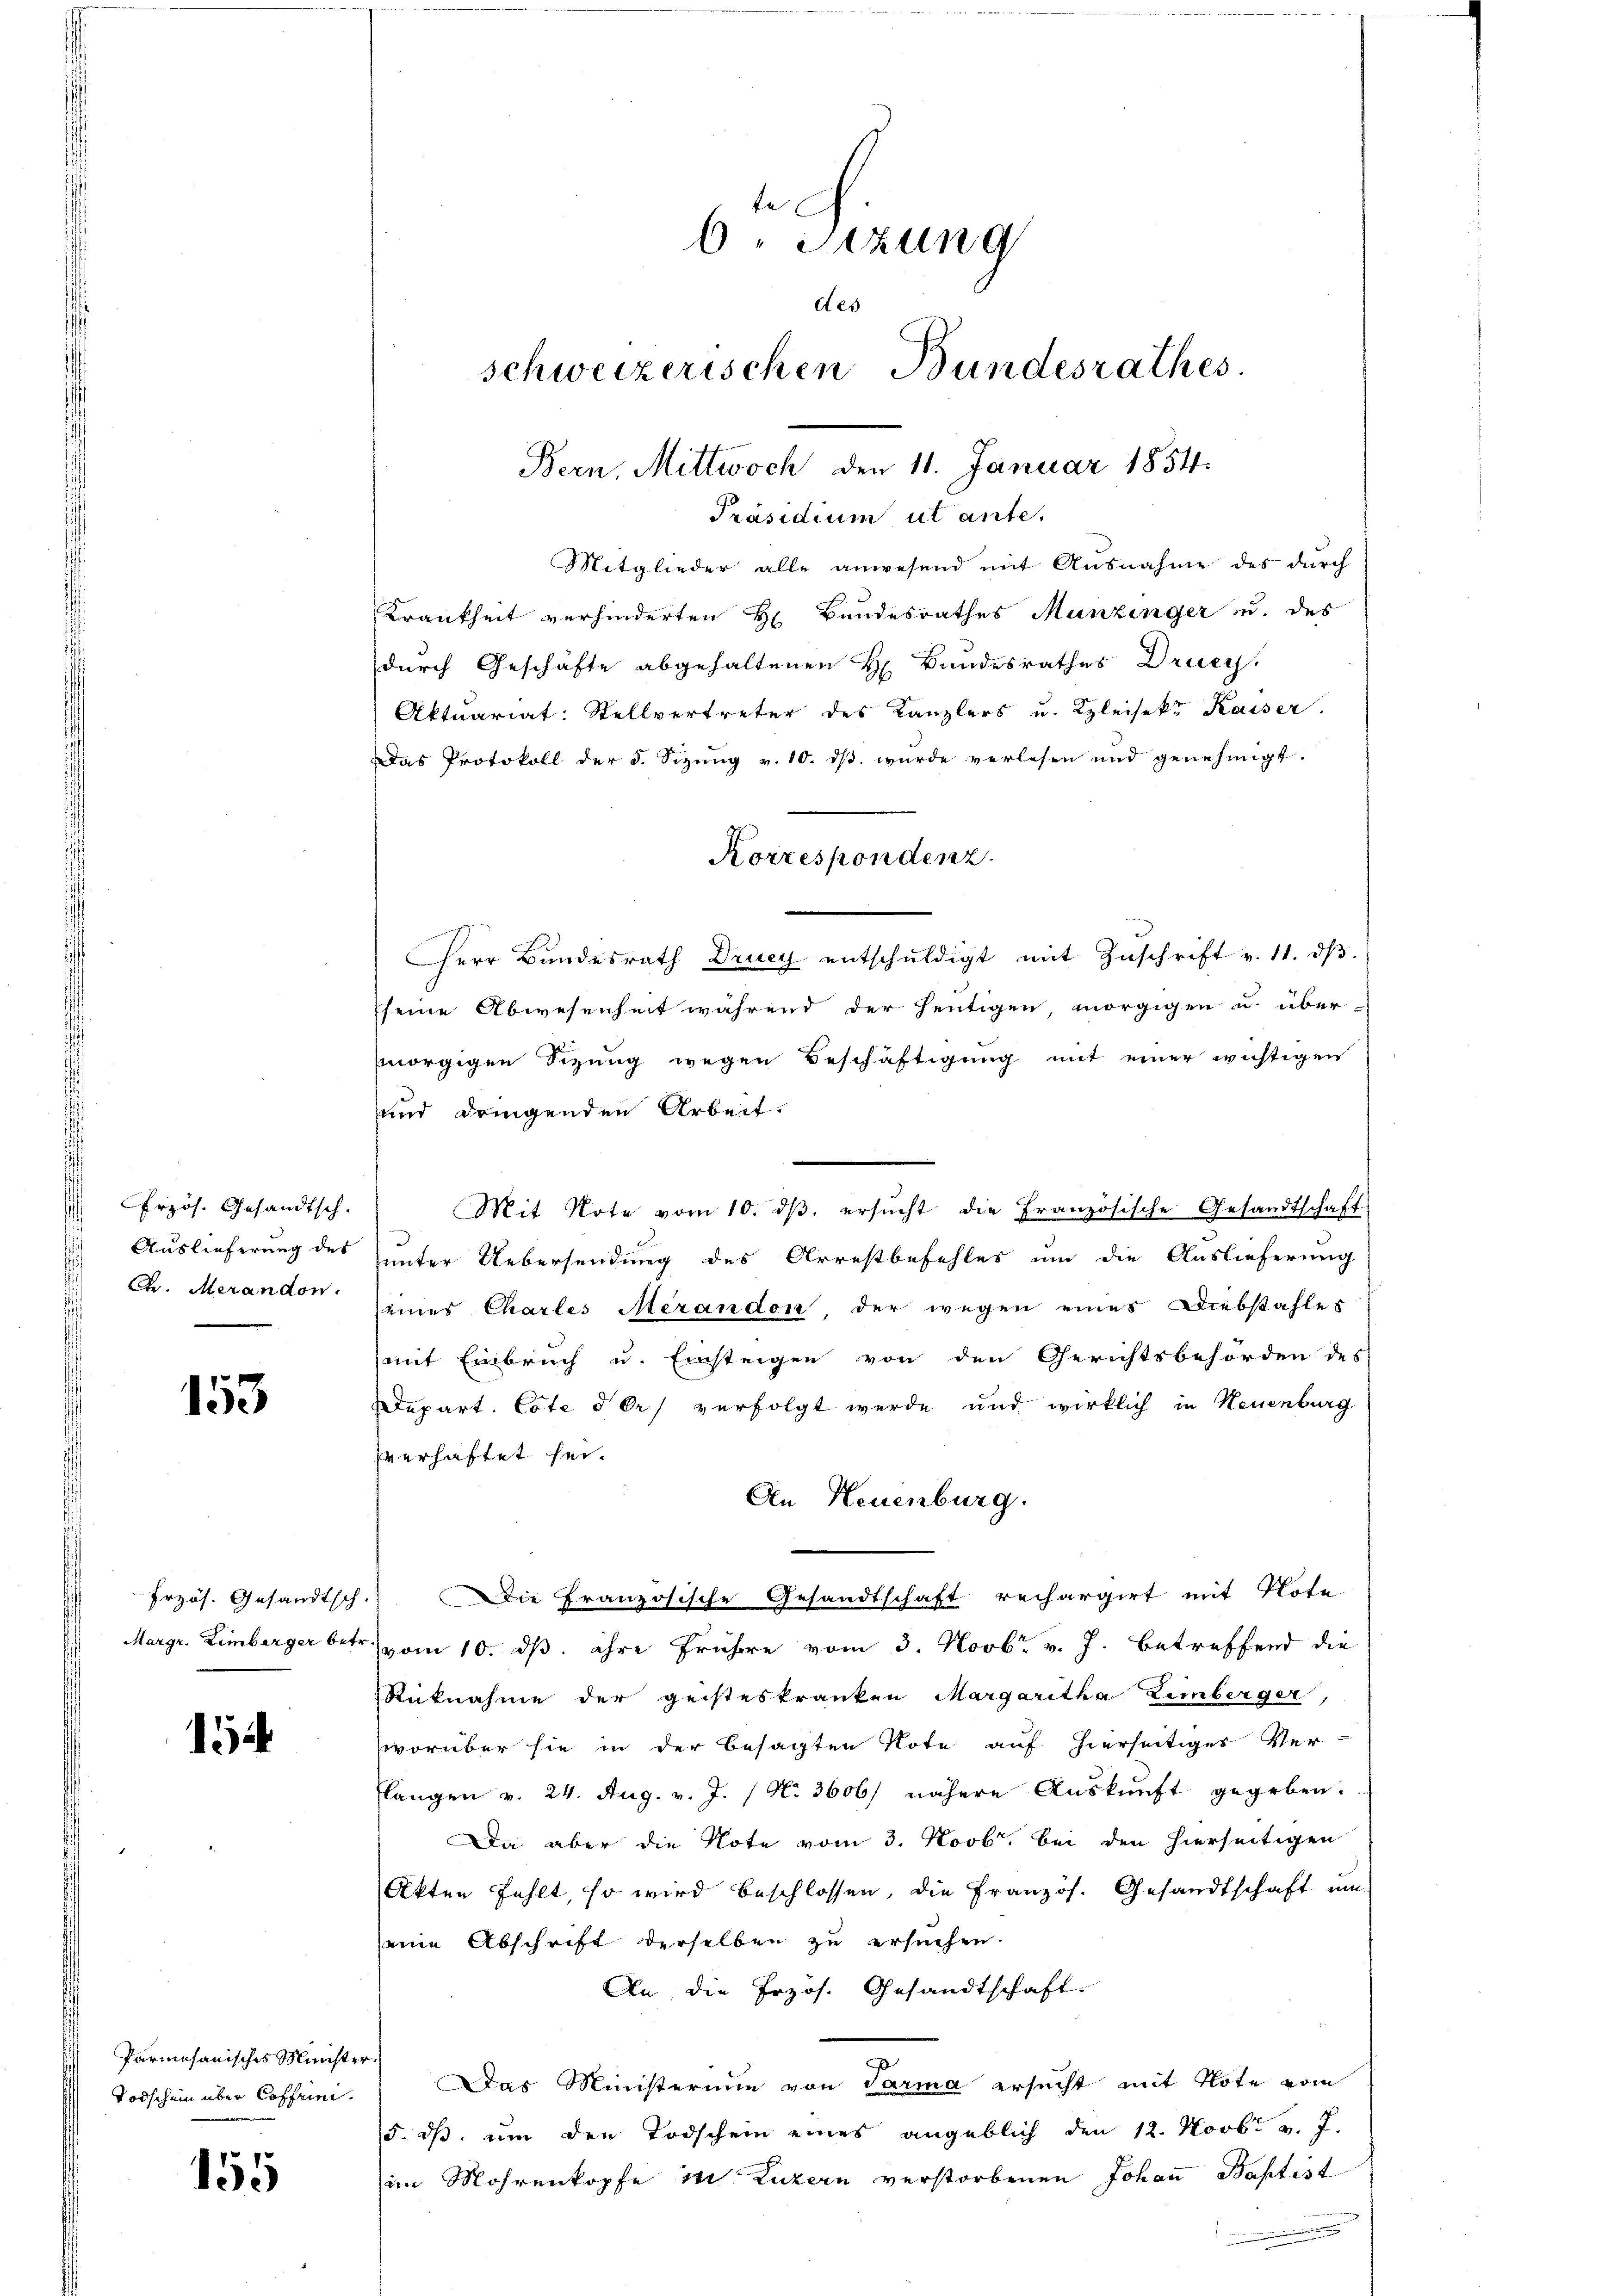
Frzös. Gesandtsch.
Auslieferung des
Dr. Merandon.

153

Erzös. Gesandtsch
Margr. Eimberger bet

1

Parmesanisches Münste
Todschein über Coffrei.

155

te
6. Sitzung
des
schweizerischen Bundesrathes.

Bern, Mittwoch den 11. Januar 1854.
Präsidium ut ante,
Mitglieder alle anwesend mit Ausnahme des durch
Krankheit verhinderten H Bundesrathes Munzinger u. des
durch Geschäfte abgehaltenen H. Bandesrathes Druey,
Aktuariat: Stellvertreter des Kanzlers u. Bleisekt Kaiser.
Das Protokoll der 5. Sizung v. 10. ds wurde verlesen und genehmigt.
Herr Bundesrath Druey entschŭldigt mit Zŭschrift v. 11. dβ.
seine Abwesenheit während der heutigen, morgigen u. über-
morgigen Sizung wegen Beschäftigung mit einer wichtigen
und dringenden Arbeit.
Mit Note vom 10. dβ ersŭcht die Französische Gesandtschaft
unter Uebersendung des Arrestbefehles um die Auslieferung
eines Chartes Merandon der wegen eines Diebstahles
(mit Einbruch u. Einsteigen von den Gerichtsbehörden des
Depart. Cote des verfolgt werde und wirklich in Neuenburg
sverhaftet sei.
An Neuenburg.
 Die Französische Gesandtschaft rechargirt mit Note.
vom 10. dß. ihre frühere vom 3. Novbr. v. J. betreffend die
Rüknahme der geisteskranken Margaritha Zimberger,
worüber sie in der besagten Note auf hierseitiges Ver-
langen v. 24. Aug. v. J. No. 3606/ nähere Auskunft gegeben.
Da aber die Note vom 3. Novbr. bei den hierseitigen
Akten fehlt, so wird beschlossen, die Französ. Gesandtschaft um
seine Abschrift derselben zu ersuchen.
An die Przös. Gesandtschaft.
Das Ministerium von Parma ersucht mit Note vom
5. ds. um den Todschein eines angeblich den 12. Novbr. v. J.
im Mohrenkopfe in Luzern verstorbenen Johaṅ Baptist

Korrespondenz.